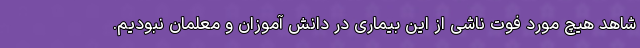
شاهد هیچ مورد فوت ناشی از این بیماری در دانش آموزان و معلمان نبودیم.